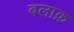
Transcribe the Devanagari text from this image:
बलाक़